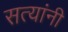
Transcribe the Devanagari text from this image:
सत्यांनी